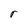
Character: r